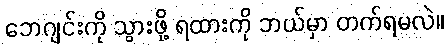
ဘေဂျင်းကို သွားဖို့ ရထားကို ဘယ်မှာ တက်ရမလဲ။